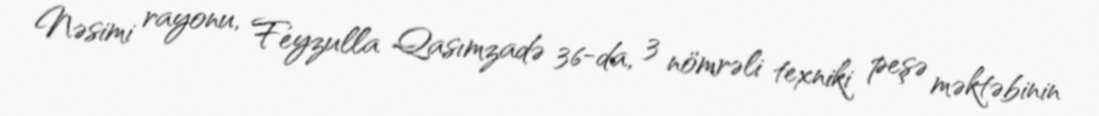
Nəsimi rayonu, Feyzulla Qasımzadə 36-da, 3 nömrəli texniki peşə məktəbinin